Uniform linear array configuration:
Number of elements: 48
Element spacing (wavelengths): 0.25
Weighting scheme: blackman
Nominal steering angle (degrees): -60
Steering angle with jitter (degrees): -58.89
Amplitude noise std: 0.05
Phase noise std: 0.05

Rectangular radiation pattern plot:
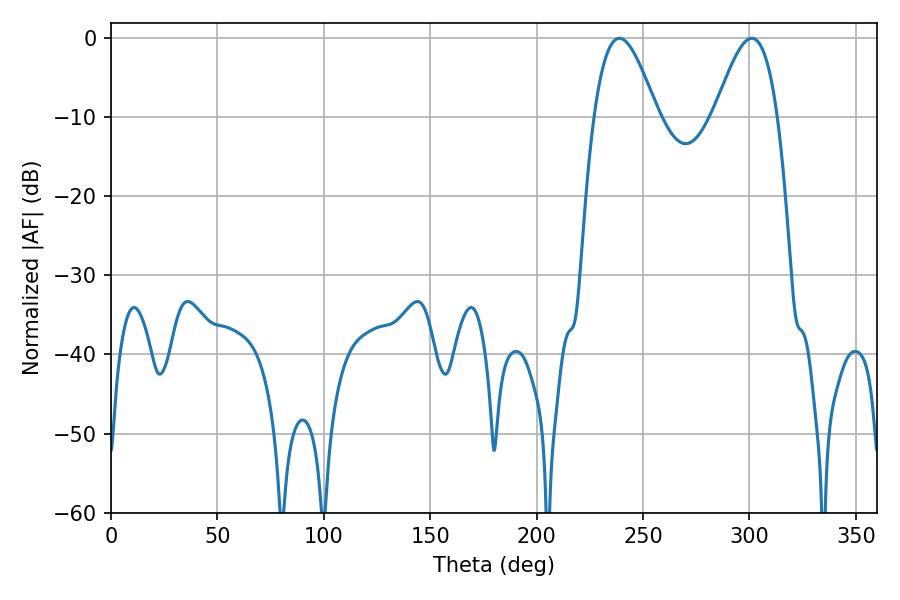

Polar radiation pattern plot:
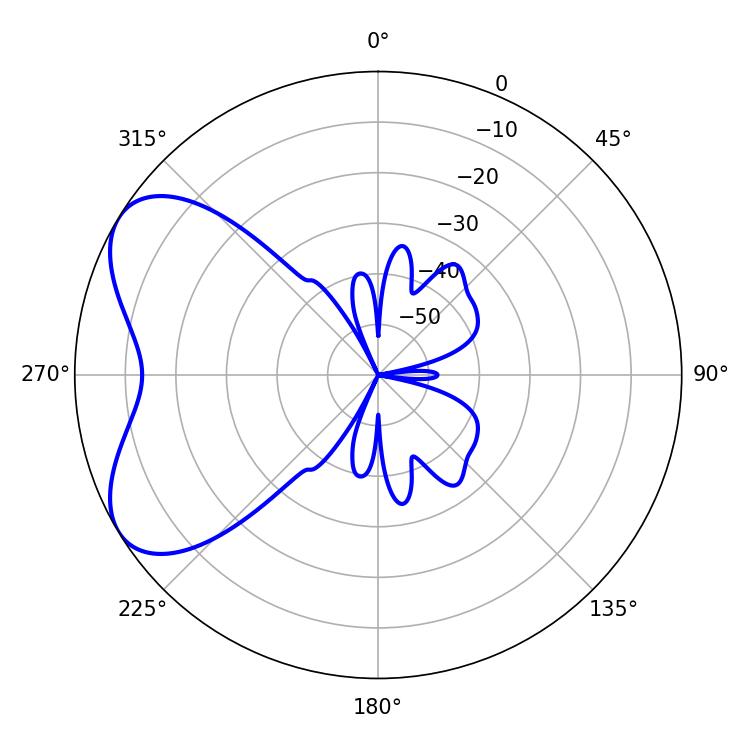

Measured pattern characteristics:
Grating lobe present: FALSE
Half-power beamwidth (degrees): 16.02
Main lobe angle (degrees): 238.86